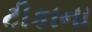
ટીકાના